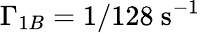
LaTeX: \Gamma_{1B}=1/128\mathrm{~s}^{-1}